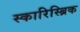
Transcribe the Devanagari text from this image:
स्कारिस्ब्रिक